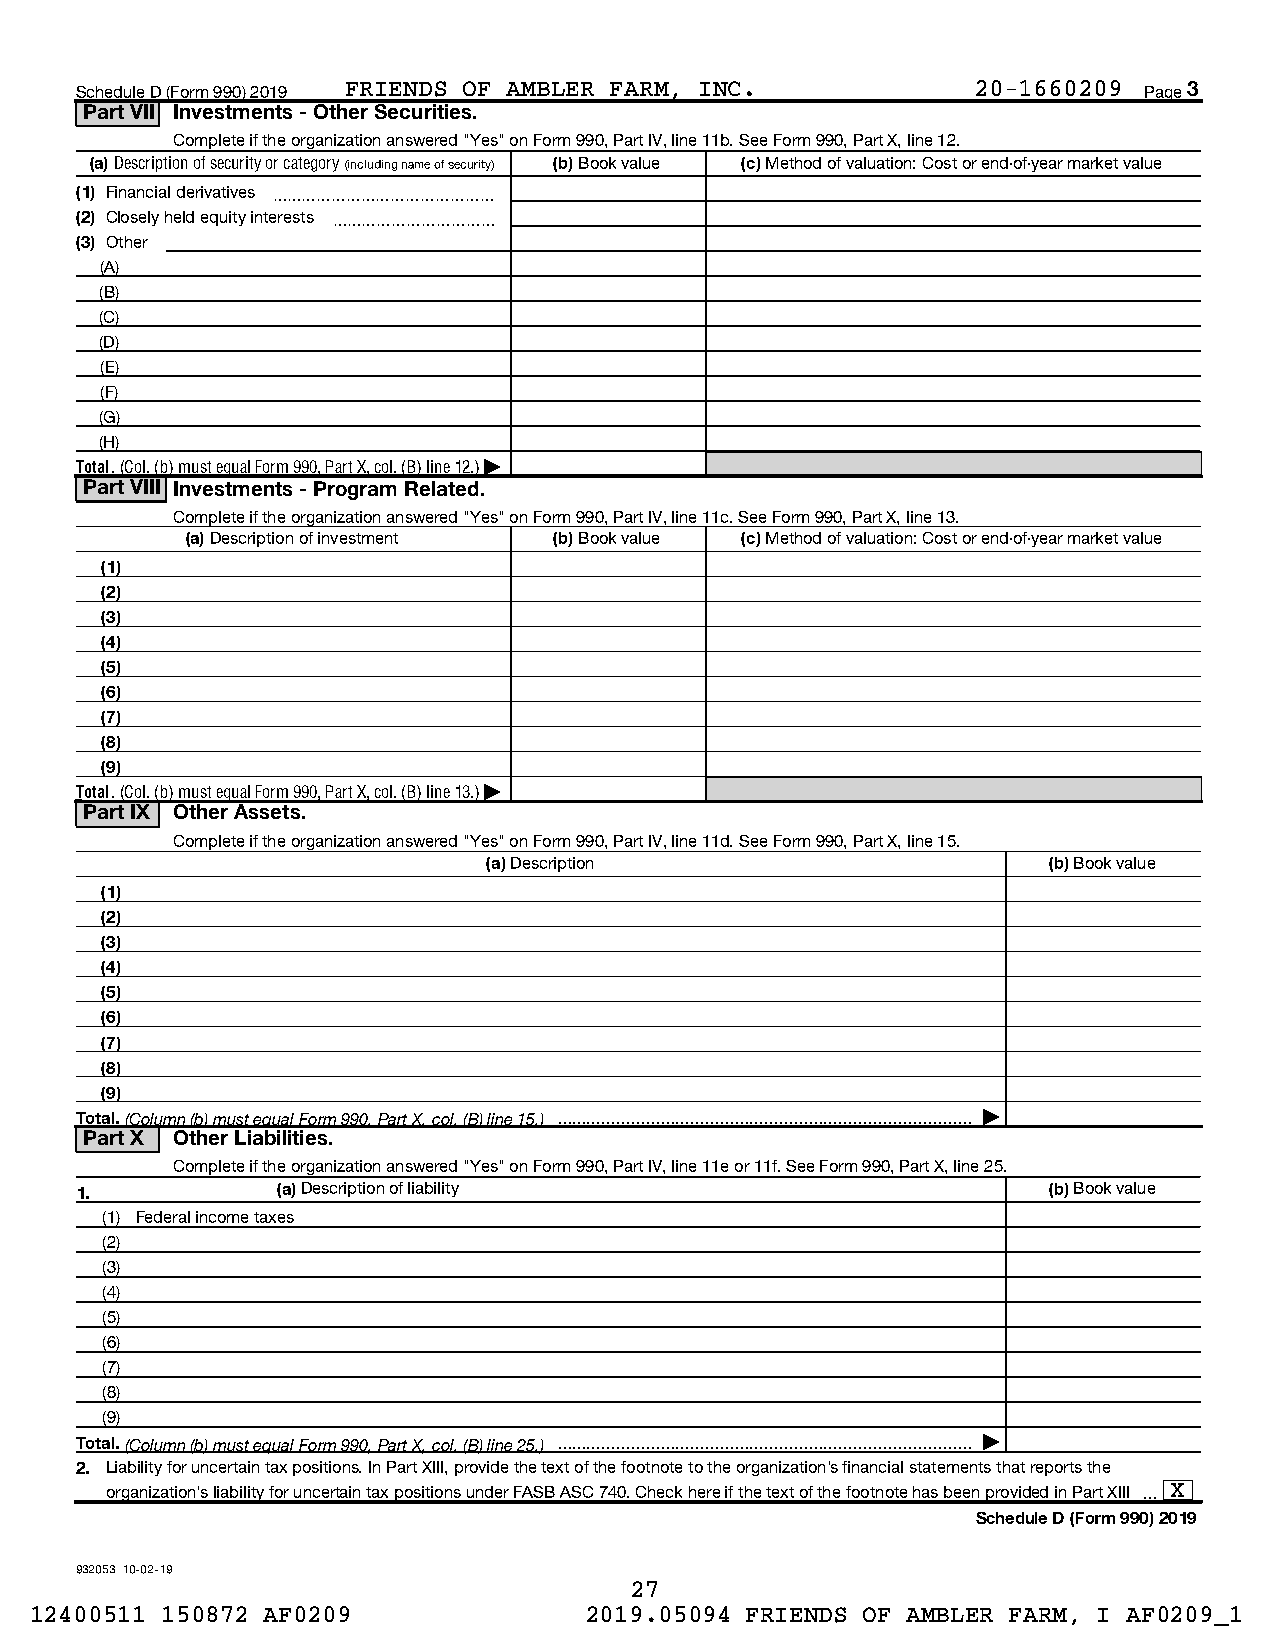
Schedule D (Form 990) 2019 FRIENDS OF AMBLER FARM, INC.     20-1660209 Page 3
 Part VII Investments - Other Securities.
 Complete if the organization answered "Yes" on Form 990, Part IV, line 11b. See Form 990, Part X, line 12.
 (a) Description of security or category (including name of security) (b) Book value (c) Method of valuation: Cost or end-of-year market value
 (1) Financial derivatives ~~~~~~~~~~~~~~~
 (2) Closely held equity interests ~~~~~~~~~~~
 (3) Other
 (A)
 (B)
 (C)
 (D)
 (E)
 (F)
 (G)
 (H)
 Total. (Col. (b) must equal Form 990, Part X, col. (B) line 12.) |
 Part VIII Investments - Program Related.
 Complete if the organization answered "Yes" on Form 990, Part IV, line 11c. See Form 990, Part X, line 13.
 (a) Description of investment (b) Book value (c) Method of valuation: Cost or end-of-year market value
 (1)
 (2)
 (3)
 (4)
 (5)
 (6)
 (7)
 (8)
 (9)
 Total. (Col. (b) must equal Form 990, Part X, col. (B) line 13.) |
 Part IX Other Assets.
 Complete if the organization answered "Yes" on Form 990, Part IV, line 11d. See Form 990, Part X, line 15.
 (a) Description                      (b) Book value
 (1)
 (2)
 (3)
 (4)
 (5)
 (6)
 (7)
 (8)
 (9)
 Total. (Column (b) must equal Form 990, Part X, col. (B) line 15.)  |
 Part X Other Liabilities.
 Complete if the organization answered "Yes" on Form 990, Part IV, line 11e or 11f. See Form 990, Part X, line 25.
 1.           (a) Description of liability                       (b) Book value
 (1) Federal income taxes
 (2)
 (3)
 (4)
 (5)
 (6)
 (7)
 (8)
 (9)
 Total. (Column (b) must equal Form 990, Part X, col. (B) line 25.)  |
 2. Liability for uncertain tax positions. In Part XIII, provide the text of the footnote to the organization's financial statements that reports the
 organization's liability for uncertain tax positions under FASB ASC 740. Check here if the text of the footnote has been provided in Part XIII  X
 Schedule D (Form 990) 2019
 932053 10-02-19
 27
 12400511 150872 AF0209               2019.05094 FRIENDS OF AMBLER FARM, I AF0209_1